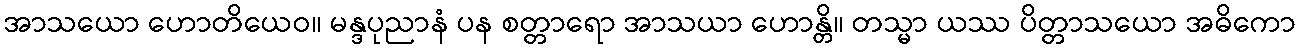
အာသယော ဟောတိယေဝ။ မန္ဒပုညာနံ ပန စတ္တာရော အာသယာ ဟောန္တိ။ တသ္မာ ယဿ ပိတ္တာသယော အဓိကော